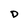
Character: D